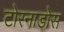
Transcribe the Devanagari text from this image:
टोरनाडोस